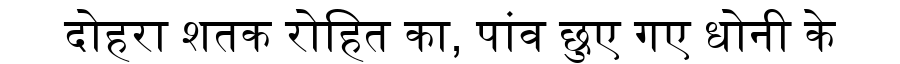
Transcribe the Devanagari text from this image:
दोहरा शतक रोहित का, पांव छुए गए धोनी के